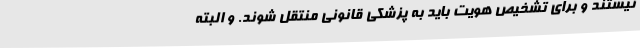
نیستند و برای تشخیص هویت باید به پزشکی قانونی منتقل شوند. و البته